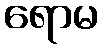
ရောမ